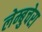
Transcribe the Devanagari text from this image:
लेम्बुचेरा